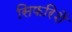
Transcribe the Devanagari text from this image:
सिफरिशें